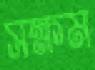
সক্ষম